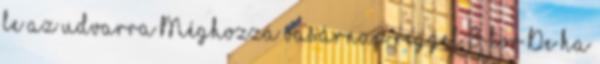
le az udvarra Méghozzá vasárnap reggel 8-kor De ha